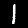
Label: 1